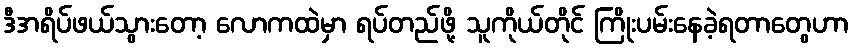
ဒီအရိပ်ဖယ်သွားတော့ လောကထဲမှာ ရပ်တည်ဖို့ သူကိုယ်တိုင် ကြိုးပမ်းနေခဲ့ရတာတွေဟာ